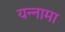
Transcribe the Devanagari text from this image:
यन्‍नामा